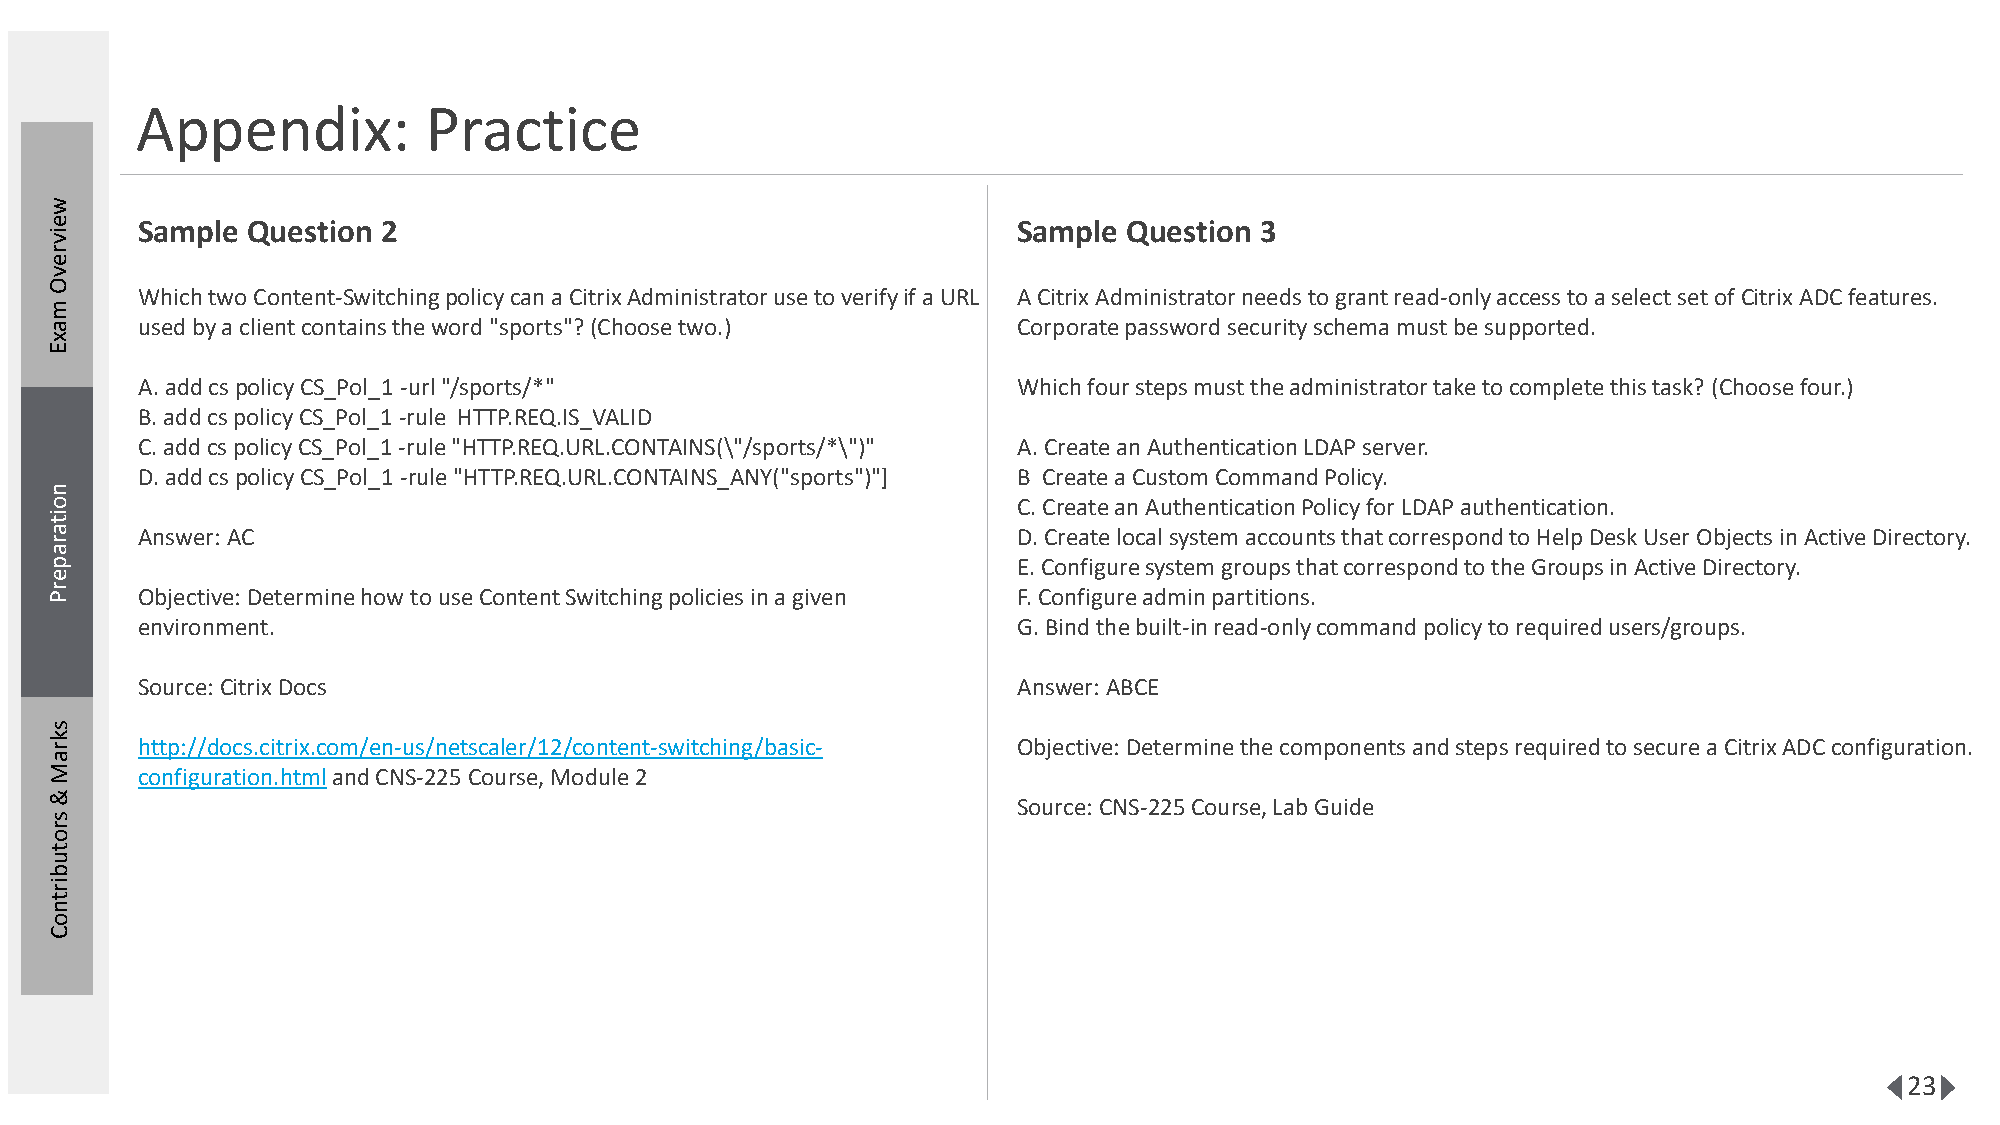
Appendix:          Practice
 w
 e     Sample Question 2                                         Sample  Question 3
 iv
 r
 e
 v
 O
 Which two Content-Switching policy can a Citrix Administrator use to verify if a URL A Citrix Administrator needs to grant read-only access to a select set of Citrix ADC features.
 m
 a     used by a client contains the word "sports"? (Choose two.) Corporate password security schema must be supported.
 x
 E
 A. add cspolicy CS_Pol_1 -url"/sports/*"                  Which four steps must the administrator take to complete this task? (Choose four.)
 B. add cspolicy CS_Pol_1 -rule HTTP.REQ.IS_VALID
 C. add cspolicy CS_Pol_1 -rule "HTTP.REQ.URL.CONTAINS(\"/sports/*\")" A. Create an Authentication LDAP server.
 D. add cspolicy CS_Pol_1 -rule "HTTP.REQ.URL.CONTAINS_ANY("sports")"] B Create a Custom Command Policy.
 n
 o                                                               C. Create an Authentication Policy for LDAP authentication.
 it
 a     Answer: AC                                                D. Create local system accounts that correspond to Help Desk User Objects in Active Directory.
 r
 a
 p                                                               E. Configure system groups that correspond to the Groups in Active Directory.
 e
 r P   Objective: Determine how to use Content Switching policies in a given F. Configure admin partitions.
 environment.                                              G. Bind the built-in read-only command policy to required users/groups.
 Source: Citrix Docs                                       Answer: ABCE
 s
 k r   http://docs.citrix.com/en-us/netscaler/12/content-switching/basic- Objective: Determine the components and steps required to secure a Citrix ADC configuration.
 a
 M     configuration.htmland CNS-225 Course, Module 2
 &
 Source: CNS-225 Course, Lab Guide
 s
 r
 o
 t
 u
 b
 ir
 t
 n
 o
 C
 23